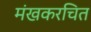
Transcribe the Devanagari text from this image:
मंखकरचित